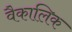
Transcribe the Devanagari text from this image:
वैकालिक